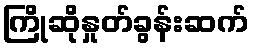
ကြိုဆိုနှုတ်ခွန်းဆက်